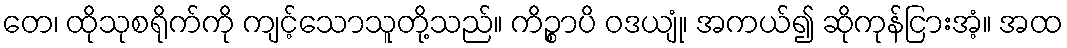
တေ၊ ထိုသုစရိုက်ကို ကျင့်သောသူတို့သည်။ ကိဉ္စာပိ ဝဒယျုံ၊ အကယ်၍ ဆိုကုန်ငြားအံ့။ အထ